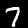
Digit: 7